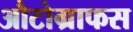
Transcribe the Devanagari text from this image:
औटोग्राफस